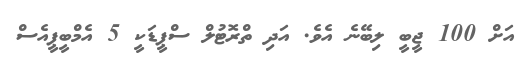
އަށް 100 ޖީބީ ލިބޭނެ އެވެ. އަދި ތްރޮޓުލް ސްޕީޑަކީ 5 އެމްބީޕީއެސް